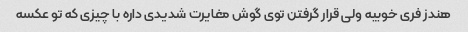
هندز فری خوبیه ولی قرار گرفتن توی گوش مغایرت شدیدی داره با چیزی که تو عکسه